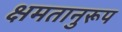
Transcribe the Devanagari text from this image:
क्षमतानुरूप